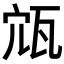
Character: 𡨍